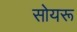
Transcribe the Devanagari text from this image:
सोयरू